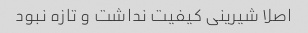
اصلا شیرینی کیفیت نداشت و تازه نبود